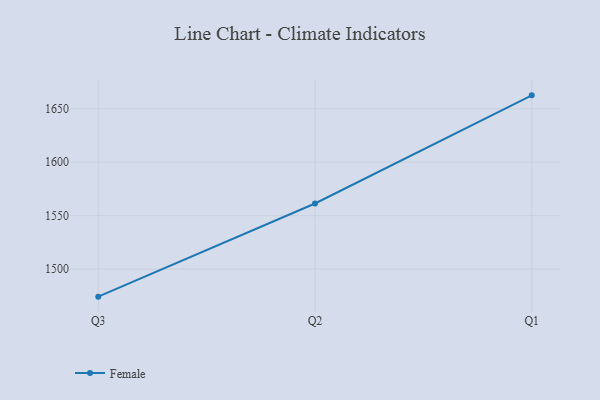
{"axis": {"x": "Quarter", "y": "Shipments"}, "legend": ["Female"], "data": [{"x": "Q3", "y": 1474.3, "type": "Female"}, {"x": "Q2", "y": 1561.4, "type": "Female"}, {"x": "Q1", "y": 1662.5, "type": "Female"}]}